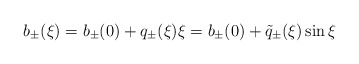
\begin{align*}b_{\pm}(\xi)=b_{\pm}(0)+q_{\pm}(\xi)\xi=b_{\pm}(0)+\tilde q_{\pm}(\xi)\sin\xi\end{align*}